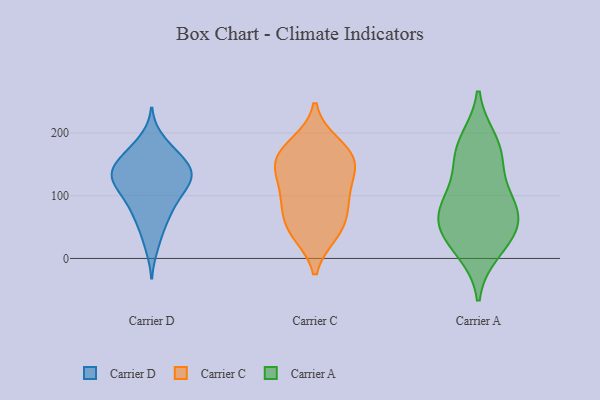
{"axis": {"x": "Satisfaction Score", "y": "Value"}, "legend": ["Carrier A", "Carrier C", "Carrier D"], "data": [{"x": "", "y": 80, "type": "Carrier D"}, {"x": "", "y": 154, "type": "Carrier D"}, {"x": "", "y": 79, "type": "Carrier D"}, {"x": "", "y": 62, "type": "Carrier D"}, {"x": "", "y": 122, "type": "Carrier D"}, {"x": "", "y": 142, "type": "Carrier D"}, {"x": "", "y": 174, "type": "Carrier D"}, {"x": "", "y": 135, "type": "Carrier D"}, {"x": "", "y": 110, "type": "Carrier D"}, {"x": "", "y": 18, "type": "Carrier D"}, {"x": "", "y": 47, "type": "Carrier D"}, {"x": "", "y": 98, "type": "Carrier D"}, {"x": "", "y": 190, "type": "Carrier D"}, {"x": "", "y": 122, "type": "Carrier D"}, {"x": "", "y": 152, "type": "Carrier D"}, {"x": "", "y": 141, "type": "Carrier D"}, {"x": "", "y": 170, "type": "Carrier D"}, {"x": "", "y": 127, "type": "Carrier D"}, {"x": "", "y": 108, "type": "Carrier D"}, {"x": "", "y": 142, "type": "Carrier D"}, {"x": "", "y": 182, "type": "Carrier C"}, {"x": "", "y": 44, "type": "Carrier C"}, {"x": "", "y": 173, "type": "Carrier C"}, {"x": "", "y": 94, "type": "Carrier C"}, {"x": "", "y": 85, "type": "Carrier C"}, {"x": "", "y": 40, "type": "Carrier C"}, {"x": "", "y": 152, "type": "Carrier C"}, {"x": "", "y": 156, "type": "Carrier C"}, {"x": "", "y": 103, "type": "Carrier C"}, {"x": "", "y": 133, "type": "Carrier C"}, {"x": "", "y": 54, "type": "Carrier C"}, {"x": "", "y": 150, "type": "Carrier C"}, {"x": "", "y": 169, "type": "Carrier A"}, {"x": "", "y": 157, "type": "Carrier A"}, {"x": "", "y": 13, "type": "Carrier A"}, {"x": "", "y": 88, "type": "Carrier A"}, {"x": "", "y": 97, "type": "Carrier A"}, {"x": "", "y": 39, "type": "Carrier A"}, {"x": "", "y": 38, "type": "Carrier A"}, {"x": "", "y": 65, "type": "Carrier A"}, {"x": "", "y": 186, "type": "Carrier A"}, {"x": "", "y": 72, "type": "Carrier A"}]}